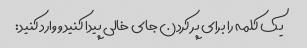
یک کلمه را برای پر کردن جای خالی پیدا کنید و وارد کنید: